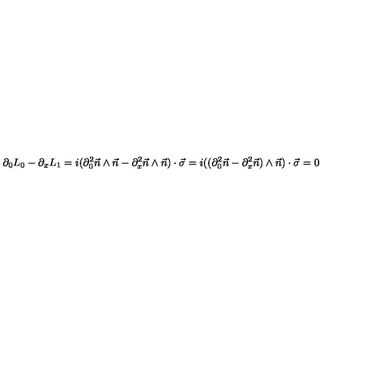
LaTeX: \partial _ { 0 } L _ { 0 } - \partial _ { x } L _ { 1 } = i ( \partial _ { 0 } ^ { 2 } \vec { n } \wedge \vec { n } - \partial _ { x } ^ { 2 } \vec { n } \wedge \vec { n } ) \cdot \vec { \sigma } = i ( ( \partial _ { 0 } ^ { 2 } \vec { n } - \partial _ { x } ^ { 2 } \vec { n } ) \wedge \vec { n } ) \cdot \vec { \sigma } = 0